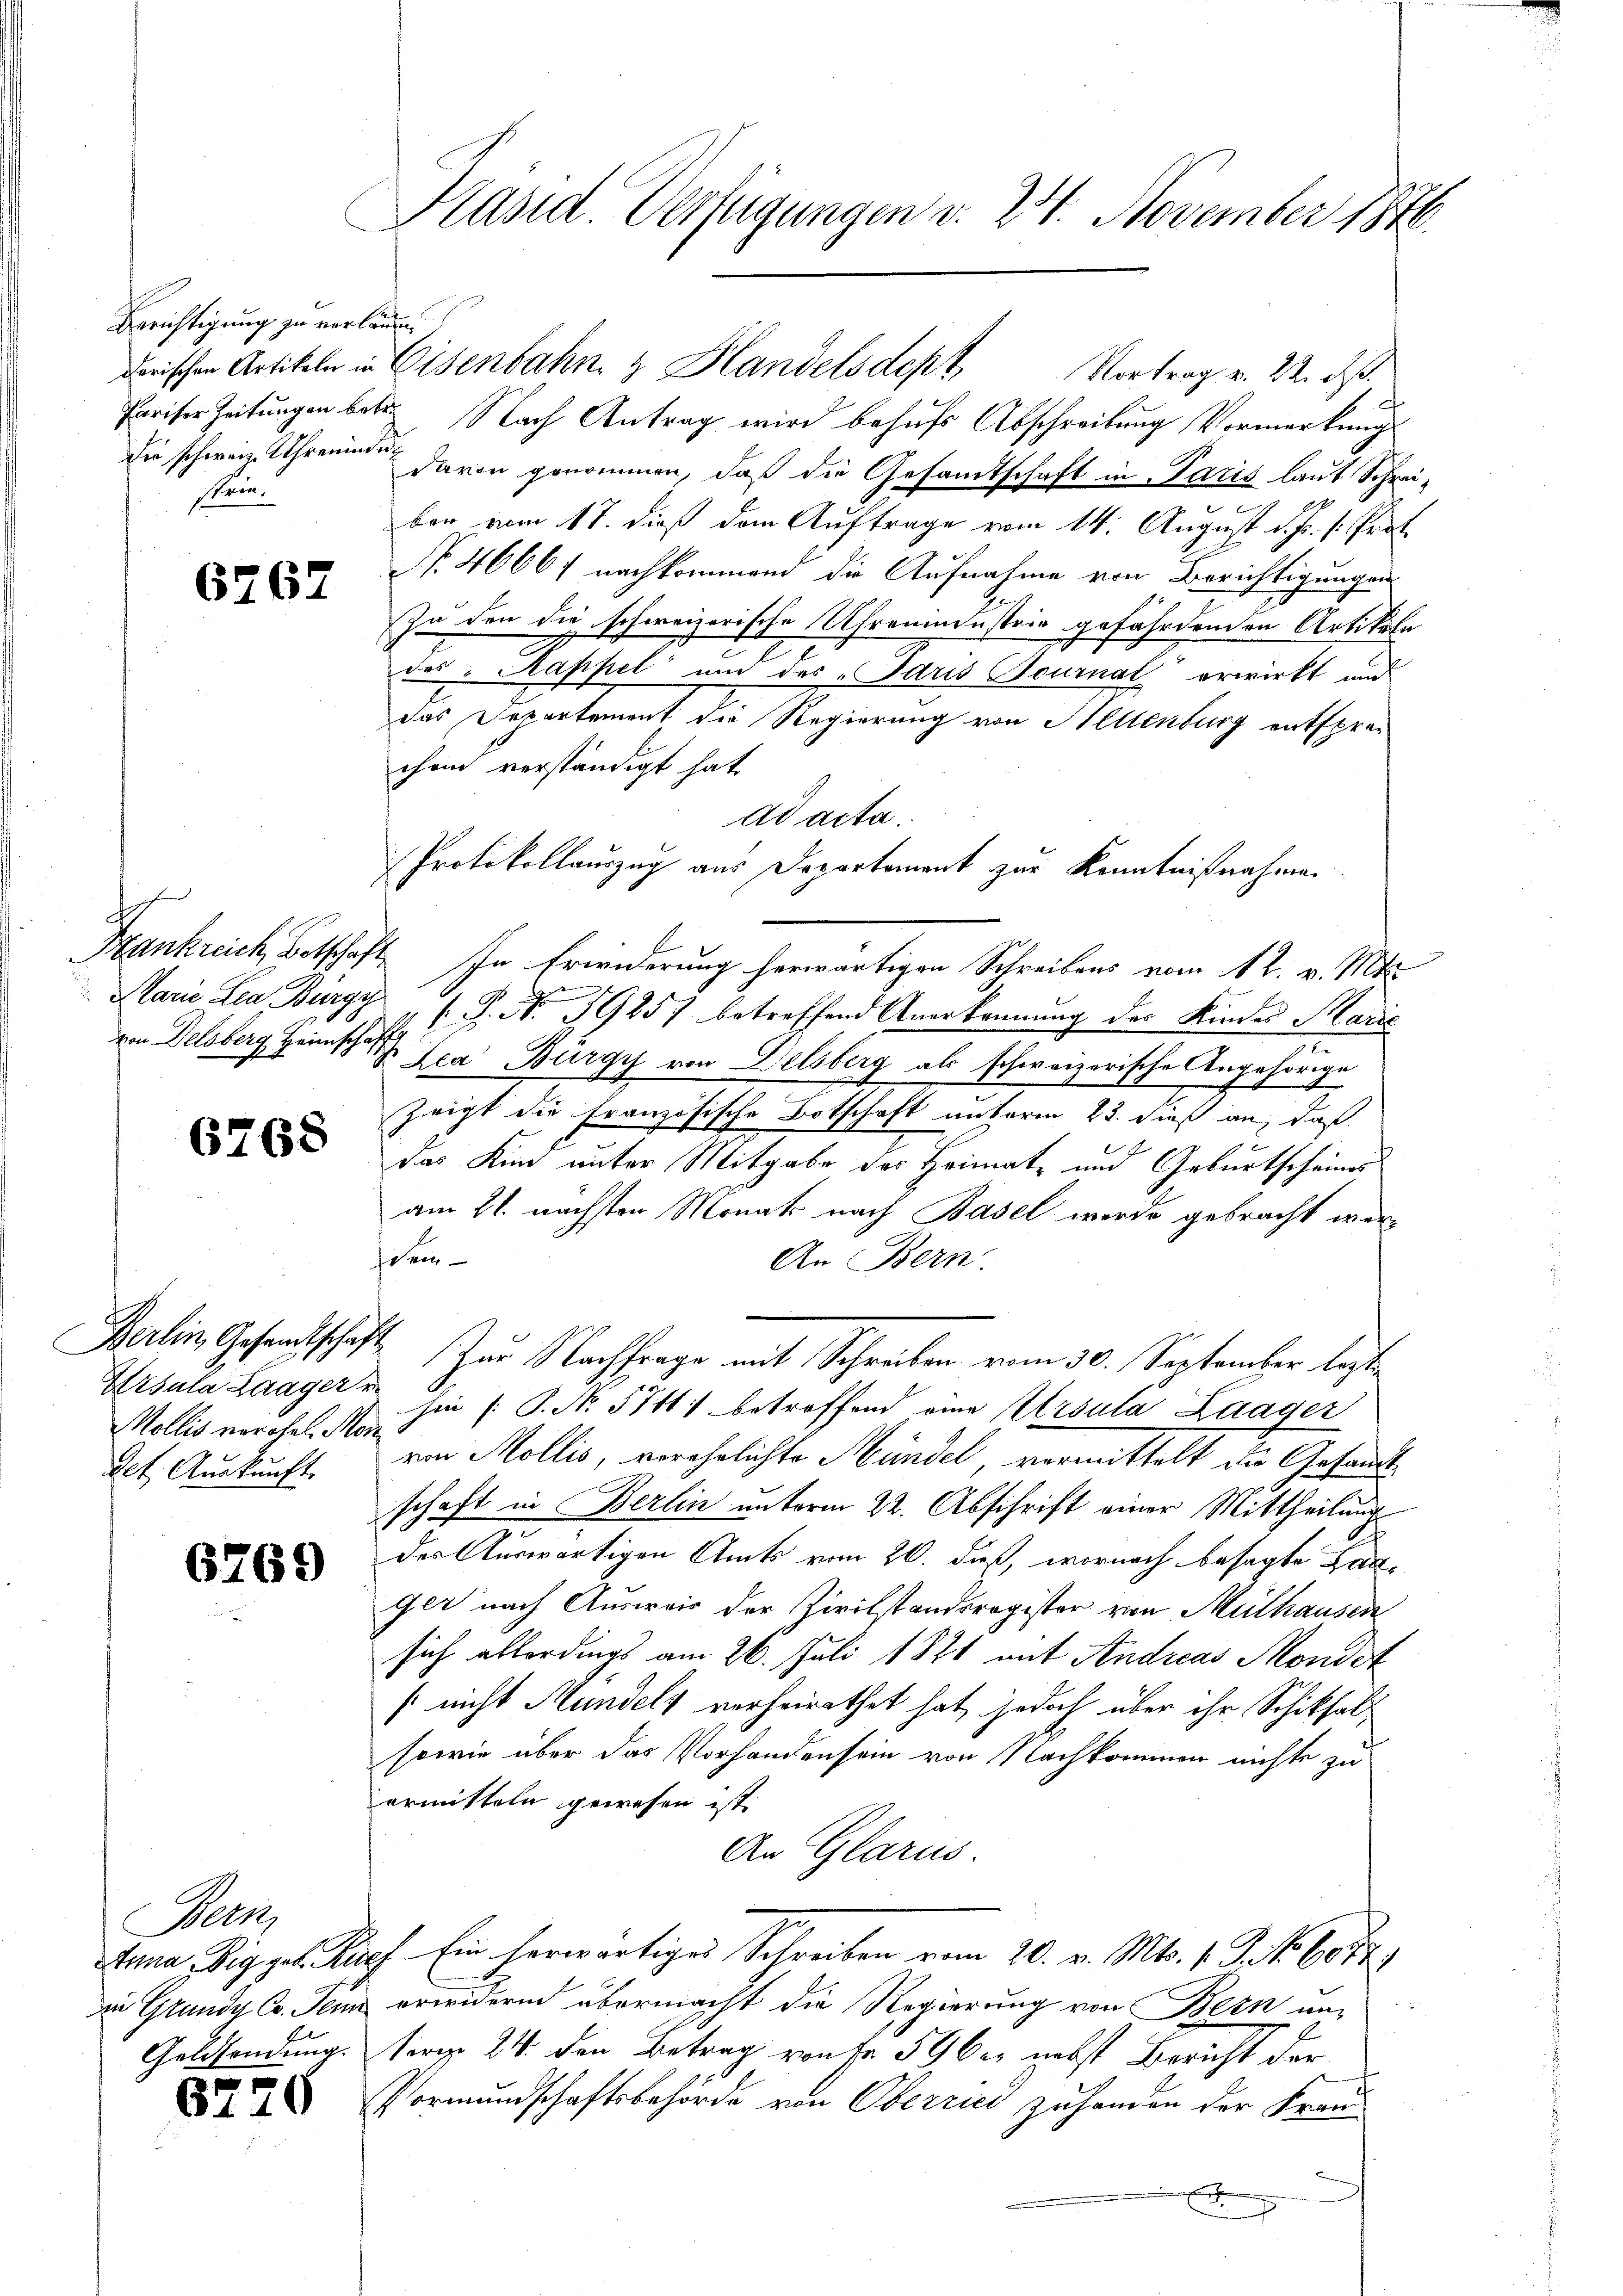
Berichtigung zu verlauen.
die schweiz. Uhrenindun
strin¬

6767

de

6768

Ursula Laager u.
Mollis verehel. Mor
det. Auskunft.

6769

Bern,
Geldsendung.

5726

Kasid. Verfügungen d. 24. November 1876.

derischen Artikeln in Eisenbahn & Handelsdept
Pariser Zeitungen betr. Nach Antrag wird behufs Abschreibung Vormerkung
davon genommen, daß die Gesamtschaft in Paris laut Schreibon vom 17. dieß dem Auftrage vom 14. August d. Js. v. Prot
Nr. 46667 nachkommend die Aufnahme von Berichtigungen
Zu den die schweizerische Uhrenindustrie gefährdenden Artikale
des Kappel und des „Idris Scurnal erwirkt und
das Departement die Regierung von Stellenburg entsprec
chon verständigt hat.
ad acta.
Protokollauszug aus Departement zur Kenntnißnahmen
Hankreich Botschaft. In Erwiderung herwärtigen Schreibens vom 12. v. Mts.
Marie Lea Burg  "  P. Nr. 39257 betreffend Anerkennung der Kindes Marie
Delsberg Heimsche Ica Bürgy von Delsberg als schweizerische Angehörige
zeigt die Französische Botschaft unterm 23. dieß an, daß
das Kind unter Mitgabe der Heimat und Geburtscheines
am 21. nächsten Monats nach Basel werde gebracht werse ein
An Bern.
Berlin Gesandtschaft zur Nachfrage mit Schreiben vom 30. September legte
hin (: P. No. 5711. betroffend eine Ursula Laager
ein Mollis, verehelichte Mündel, vermittelt der Gesandt
schaft in Berlin unterm 22. Abschrift einer Mittheilung
der Auswärtigen Amts vom 20. dieß, wornach besagte Zauger nach Ausweis der Zivilstandsregister von Mülhausen
sich allerdings am 26. Juli 1821 mit Andreas Mondet
s nicht Mundels verheirathet hat, jedoch über ihr Schiksal
sowie über das Vorhanden sein von Nachkommen nichts zu
ermitteln gewesen ist.
An Glarus.
Anna Wiggel. Kirch Ein herwärtiges Schreiben vom 20. v. Mts. 1. P. Nr. 6077)
in Grundy Co. Jenn erwidern übermacht die Regierung von Bern unterm 24. den Betrag von No 59 bei nebst Bericht der
Vormundschaftsbehörde von Oberried zu handen der Frau
x

Vortrag v. 22. ds.